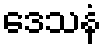
ဒေသနံ